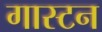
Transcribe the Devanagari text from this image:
गास्टन